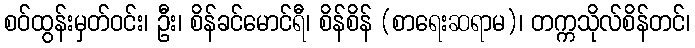
စဝ်ထွန်းမှတ်ဝင်း၊ ဦး၊ စိန်ခင်မောင်ရီ၊ စိန်စိန် (စာရေးဆရာမ)၊ တက္ကသိုလ်စိန်တင်၊